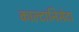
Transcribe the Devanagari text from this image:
काल्टानिसेटा